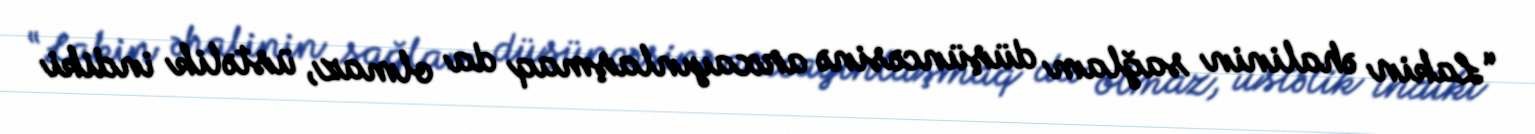
“Lakin əhalinin sağlam düşüncəsinə arxayınlaşmaq da olmaz, üstəlik indiki